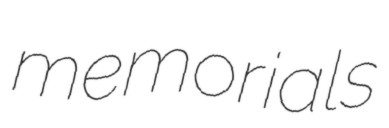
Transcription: memorials